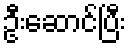
ဦးဆောင်ပြီး